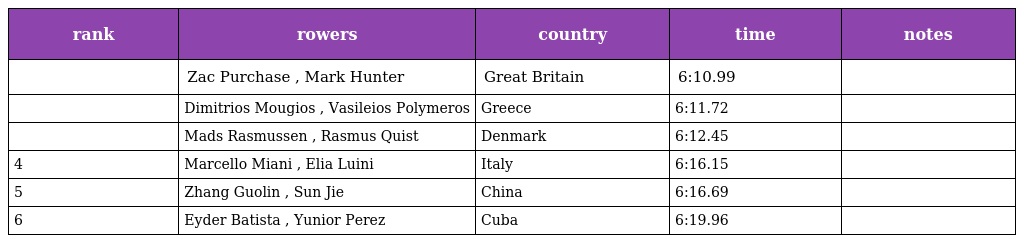
| rank | rowers | country | time | notes |
 | --- | --- | --- | --- | --- |
 |  | Zac Purchase , Mark Hunter | Great Britain | 6:10.99 |  |
 |  | Dimitrios Mougios , Vasileios Polymeros | Greece | 6:11.72 |  |
 |  | Mads Rasmussen , Rasmus Quist | Denmark | 6:12.45 |  |
 | 4 | Marcello Miani , Elia Luini | Italy | 6:16.15 |  |
 | 5 | Zhang Guolin , Sun Jie | China | 6:16.69 |  |
 | 6 | Eyder Batista , Yunior Perez | Cuba | 6:19.96 |  |